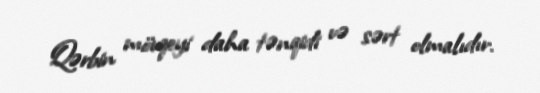
Qərbin mövqeyi daha tənqidi və sərt olmalıdır.